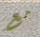
مع